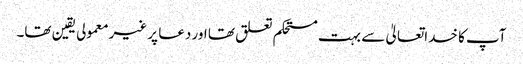
آپ کا خداتعالیٰ سے بہت مستحکم تعلق تھا اور دعا پر غیرمعمولی یقین تھا۔